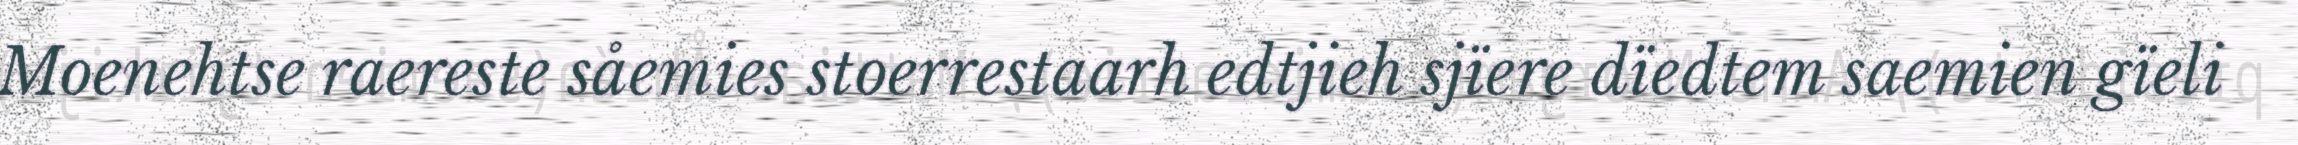
Moenehtse raereste såemies stoerrestaarh edtjieh sjïere dïedtem saemien gïeli